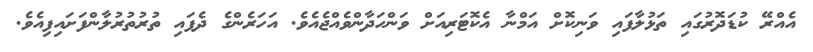
އެއްރޭ ކުޑަދޮރުގައި ތަޅުލާފައި ވަނިކޮށް އަމްނާ އެކޮޓަރިއަށް ވަންހަދާންވެއްޖެއެވެ. އަހަރެންގެ ދެފައި ތުރުތުރުލާންފަށައިފިއެވެ.